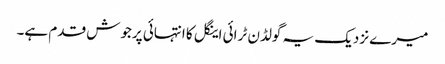
میرے نزدیک یہ گولڈن ٹرائی اینگل کا انتہائی پرجوش قدم ہے۔